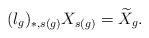
LaTeX: \begin{align*}(l_g)_{\ast,s(g)} X_{s(g)}=\widetilde{X}_{g}.\end{align*}